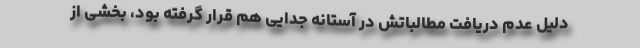
دلیل عدم دریافت مطالباتش در آستانه جدایی هم قرار گرفته بود، بخشی از